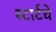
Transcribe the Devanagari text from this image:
स्टार्टचे